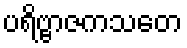
ပရိဗ္ဗာဇကသတေ